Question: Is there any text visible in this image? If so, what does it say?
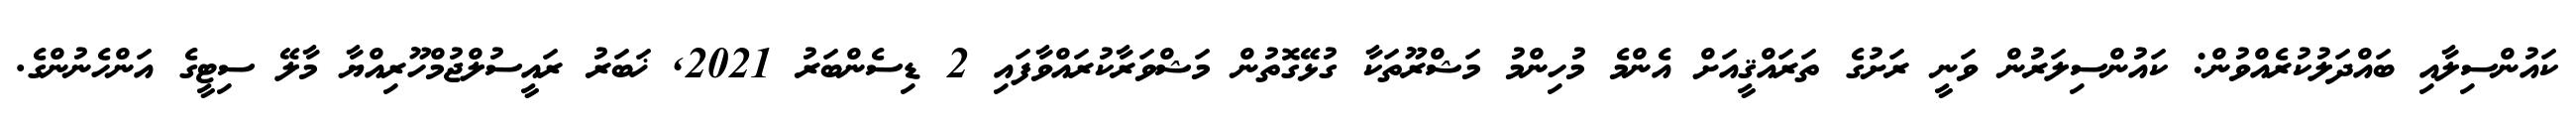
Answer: ކައުންސިލާއި ބައްދަލުކުރެއްވުން: ކައުންސިލަރުން ވަނީ ރަށުގެ ތަރައްޤީއަށް އެންމެ މުހިންމު މަޝްރޫތަކާ ގުޅޭގޮތުން މަޝްވަރާކުރައްވާފައި 2 ޑިސެންބަރު 2021, ޚަބަރު ރައީސުލްޖުމްހޫރިއްޔާ މާލޭ ސިޓީގެ އަންހެނުންގެ.